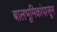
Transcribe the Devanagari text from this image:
बालभूमिकांपासून